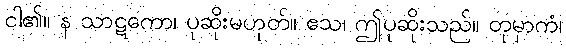
ငါ၏။ န သာဋကော၊ ပုဆိုးမဟုတ်။ ဧသ၊ ဤပုဆိုးသည်။ တုမှာကံ၊